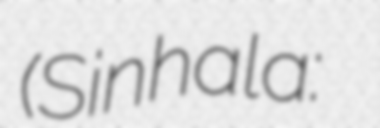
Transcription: (Sinhala: ශ්‍රී ලංකා